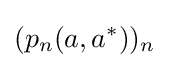
(p_{n}(a,a^{*}))_{n}